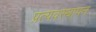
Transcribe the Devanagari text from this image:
प्रत्यवस्थापन